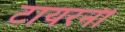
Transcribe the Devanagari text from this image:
टायरनी